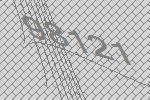
98121